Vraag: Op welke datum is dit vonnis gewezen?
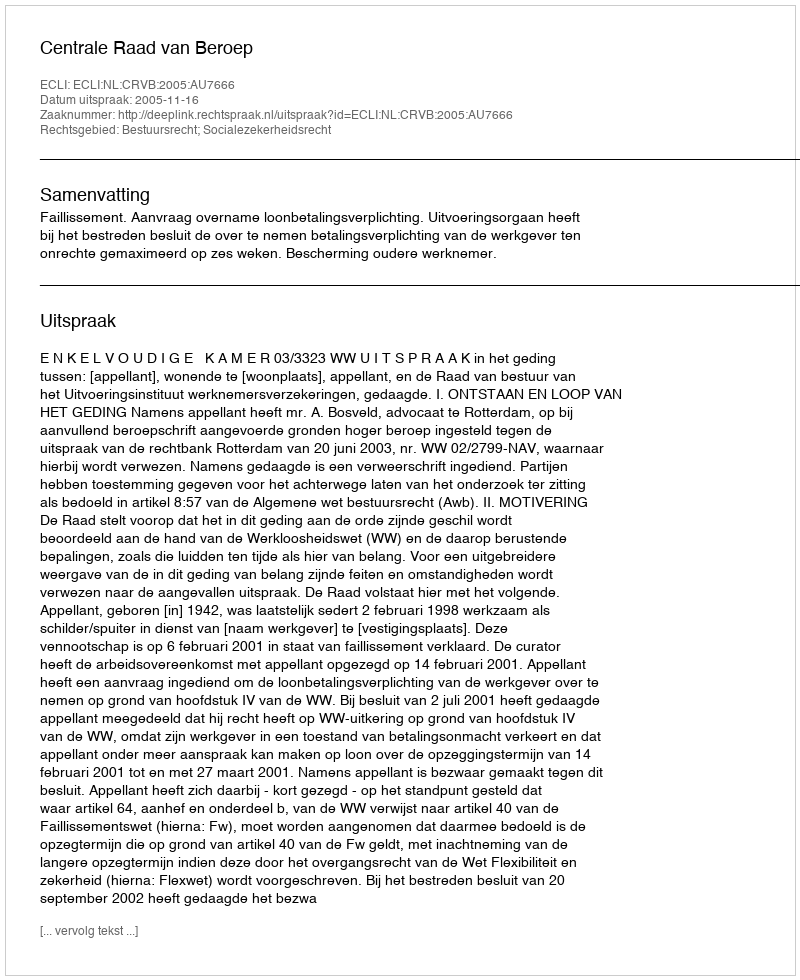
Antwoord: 2005-11-16